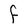
Character: F